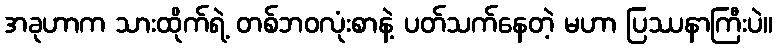
အခုဟာက သားထိုက်ရဲ့ တစ်ဘဝလုံးစာနဲ့ ပတ်သက်နေတဲ့ မဟာ ပြဿနာကြီးပဲ။